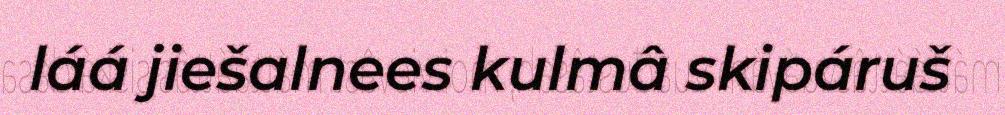
láá jiešalnees kulmâ skipáruš